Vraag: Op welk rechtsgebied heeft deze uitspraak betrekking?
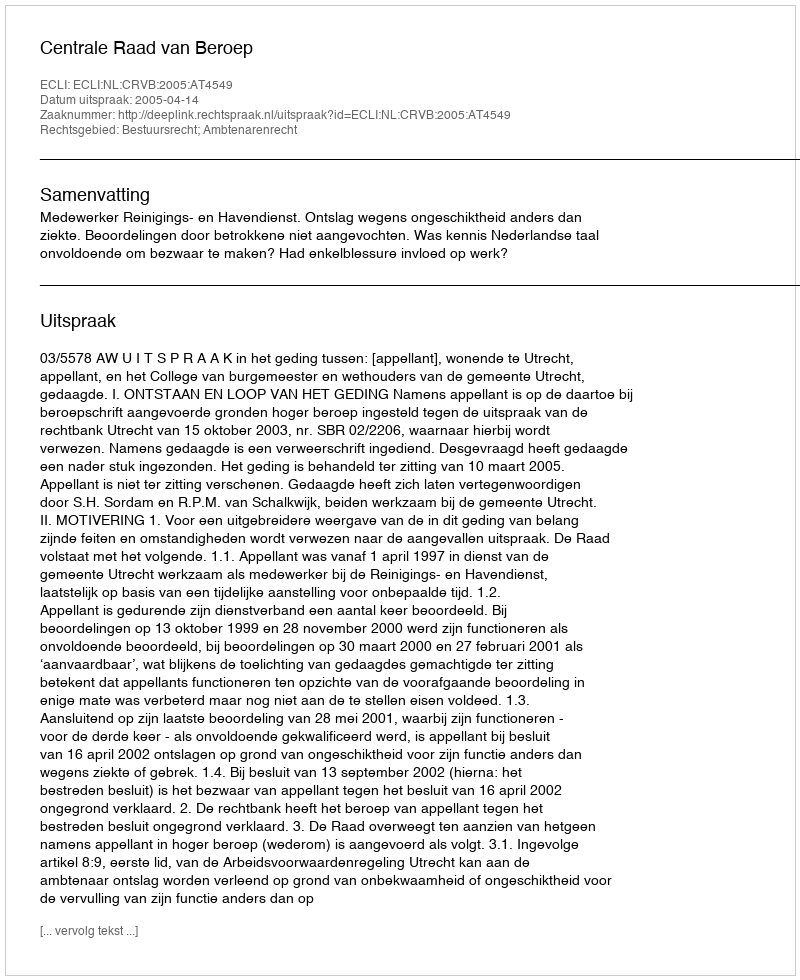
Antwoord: Bestuursrecht; Ambtenarenrecht